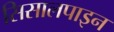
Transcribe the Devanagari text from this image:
सिसालपाइन